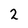
Character: 2